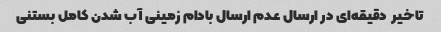
تاخیر  دقیقه‌ای در ارسال عدم ارسال بادام زمینی آب شدن کامل بستنی